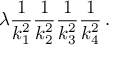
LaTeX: \lambda { \frac { 1 } { k _ { 1 } ^ { 2 } } } { \frac { 1 } { k _ { 2 } ^ { 2 } } } { \frac { 1 } { k _ { 3 } ^ { 2 } } } { \frac { 1 } { k _ { 4 } ^ { 2 } } } \, .